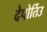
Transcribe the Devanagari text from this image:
देपोर्तिउ